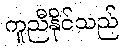
ကူညီနိုင်သည်